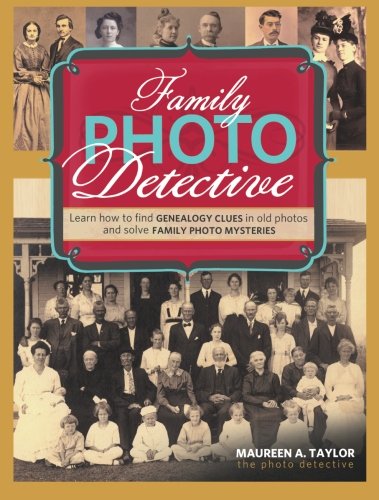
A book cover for Family Photo Detective: Learn How to Find Genealogy Clues in Old Photos and Solve Family Photo Mysteries; Maureen A. Taylor; Reference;